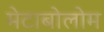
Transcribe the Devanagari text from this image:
मेटाबोलोम